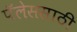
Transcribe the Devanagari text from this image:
पॅलेससाठी